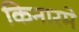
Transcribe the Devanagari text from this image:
किनारमे